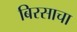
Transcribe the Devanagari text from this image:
बिरसाचा